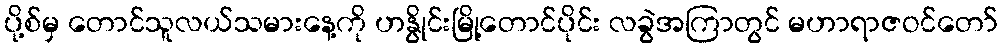
ပို့စ်မှ တောင်သူလယ်သမားနေ့ကို ဟနွိုင်းမြို့တောင်ပိုင်း လခွဲအကြာတွင် မဟာရာဇဝင်တော်